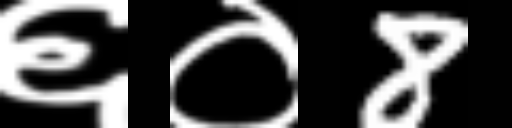
Text: ६०8